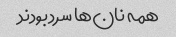
همه نان‌ها سرد بودند